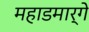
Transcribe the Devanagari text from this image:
महाडमार्गे